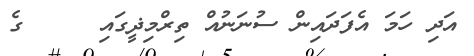
އަދި ހަމަ އެފަދައިން ސުނަނުއް ތިރްމިޛީގައި     ގެ